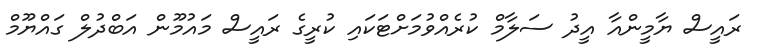
ރައީސް ޔާމީންއާ އީދު ސަލާމް ކުރެއްވުމަށްޓަކައި ކުރީގެ ރައީސް މައުމޫން އަބްދުލް ގައްޔޫމް